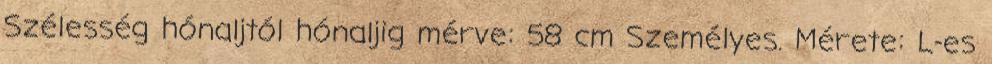
Szélesség hónaljtól hónaljig mérve: 58 cm Személyes. Mérete: L-es